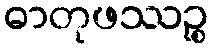
ဓာတုဖဿဉ္စ